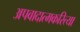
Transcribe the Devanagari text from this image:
अपवादात्मकरित्या